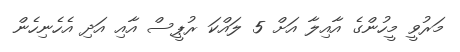
މަރުވީ މީހުންގެ އާއިލާ އަށް 5 ލައްކަ ރުޕީސް އާއި އަދި އެހެނިހެން